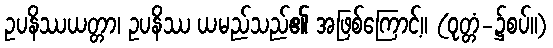
ဥပနိဿယတ္တာ၊ ဥပနိဿ ယမည်သည်၏ အဖြစ်ကြောင့်။ (ဝုတ္တံ-၌စပ်။)